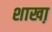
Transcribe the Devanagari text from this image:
शाखा़